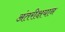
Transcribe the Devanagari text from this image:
अंतरीक्षयान